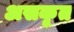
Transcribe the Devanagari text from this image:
असकृत